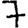
Digit: 7